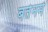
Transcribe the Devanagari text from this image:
बर्तनमें